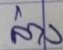
ล่าง